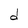
Character: d